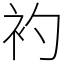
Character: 𧘑